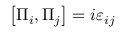
\left[ \Pi _ { i } , \Pi _ { j } \right] = i \varepsilon _ { i j }